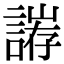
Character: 𮘥